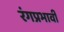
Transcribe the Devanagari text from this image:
रंगप्रभावी